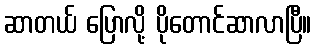
ဆာတယ် ပြောလို့ ပိုတောင်ဆာလာပြီ။